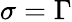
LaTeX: \sigma=\Gamma